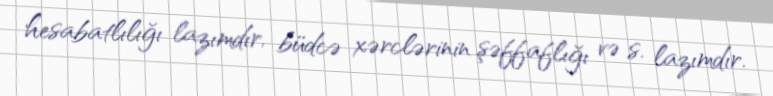
hesabatlılığı lazımdır, büdcə xərclərinin şəffaflığı və s. lazımdır.